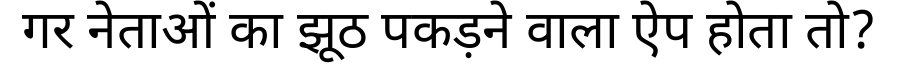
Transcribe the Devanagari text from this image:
गर नेताओं का झूठ पकड़ने वाला ऐप होता तो?